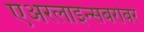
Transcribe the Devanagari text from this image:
एअरलाइन्सबरोबर